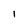
Character: i